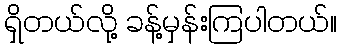
ရှိတယ်လို့ ခန့်မှန်းကြပါတယ်။